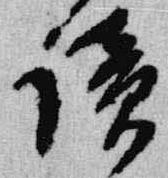
読